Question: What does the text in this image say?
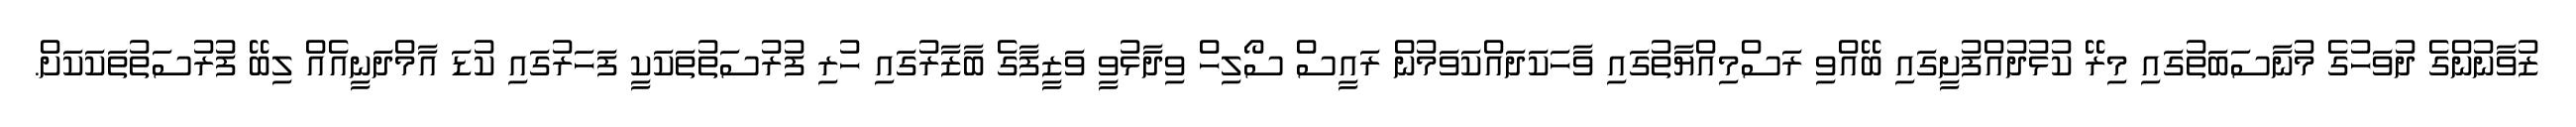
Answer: ޒުވާނުންގެ ދުވަހުގެ މުނާސަބަތުގައި މިރޭ ކުޅުދުއްފުށީގައި ބޭއްވި ރަސްމިއްޔާތުގައި ވާހަކަދައްކަވަމުން ރައީސް ސޯލިހް ވިދާޅުވީ ވަޒީފާގެ ބާޒާރުގައި ހުރި ފުރުސަތުތަކަކީ ފަހަރުގައި ކުޑަ އާމްދަނީއެއް ލިބޭ ފުރުސަތުތަކަކަށް.